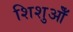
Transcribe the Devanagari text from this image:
शिशुओँ